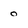
Character: O